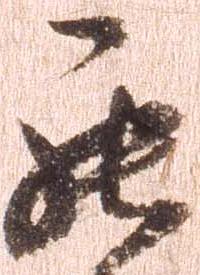
罷